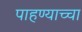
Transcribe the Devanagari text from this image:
पाहण्याच्चा